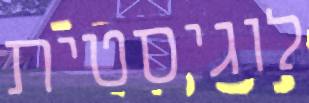
לוגיסטית